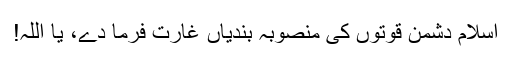
اسلام دشمن قوتوں کی منصوبہ بندیاں غارت فرما دے، یا اللہ!